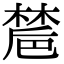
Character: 㯄